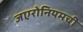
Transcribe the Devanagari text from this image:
जएरोनियमची